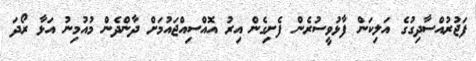
ފަޖުރުއްސާދިގުގެ އަލިކަން ފާޅުވީސުރެން ފެށިގެން އިރު އޮއްސިއްޖައުމަށް ދާންދެން މުއުމިނު އަޅާ ރޯދަ